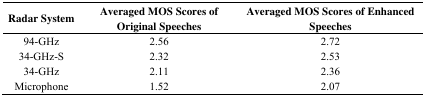
<table><thead><tr><td><b>Radar System</b></td><td><b>Averaged MOS Scores of Original Speeches</b></td><td><b>Averaged MOS Scores of Enhanced Speeches</b></td></tr></thead><tbody><tr><td>94-GHz</td><td>2.56</td><td>2.72</td></tr><tr><td>34-GHz-S</td><td>2.32</td><td>2.53</td></tr><tr><td>34-GHz</td><td>2.11</td><td>2.36</td></tr><tr><td>Microphone</td><td>1.52</td><td>2.07</td></tr></tbody></table>